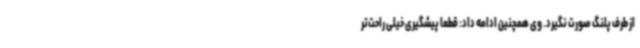
از طرف پلنگ صورت نگیرد. وی همچنین ادامه داد: قطعا پیشگیری خیلی راحت‌تر